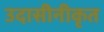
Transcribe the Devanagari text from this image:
उदासीनीकृत